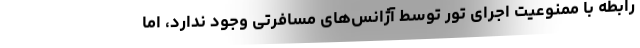
رابطه با ممنوعیت اجرای تور توسط آژانس‌های مسافرتی وجود ندارد، اما